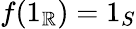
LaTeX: f(1_{\mathbb{R}})=1_{S}